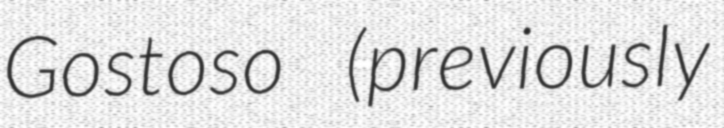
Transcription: Gostoso (previously